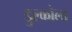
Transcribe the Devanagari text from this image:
डुल्कोला